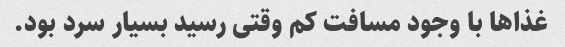
غذاها با وجود مسافت کم وقتی رسید بسیار سرد بود.